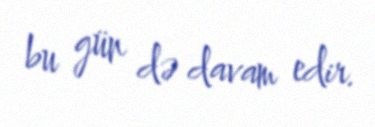
bu gün də davam edir.